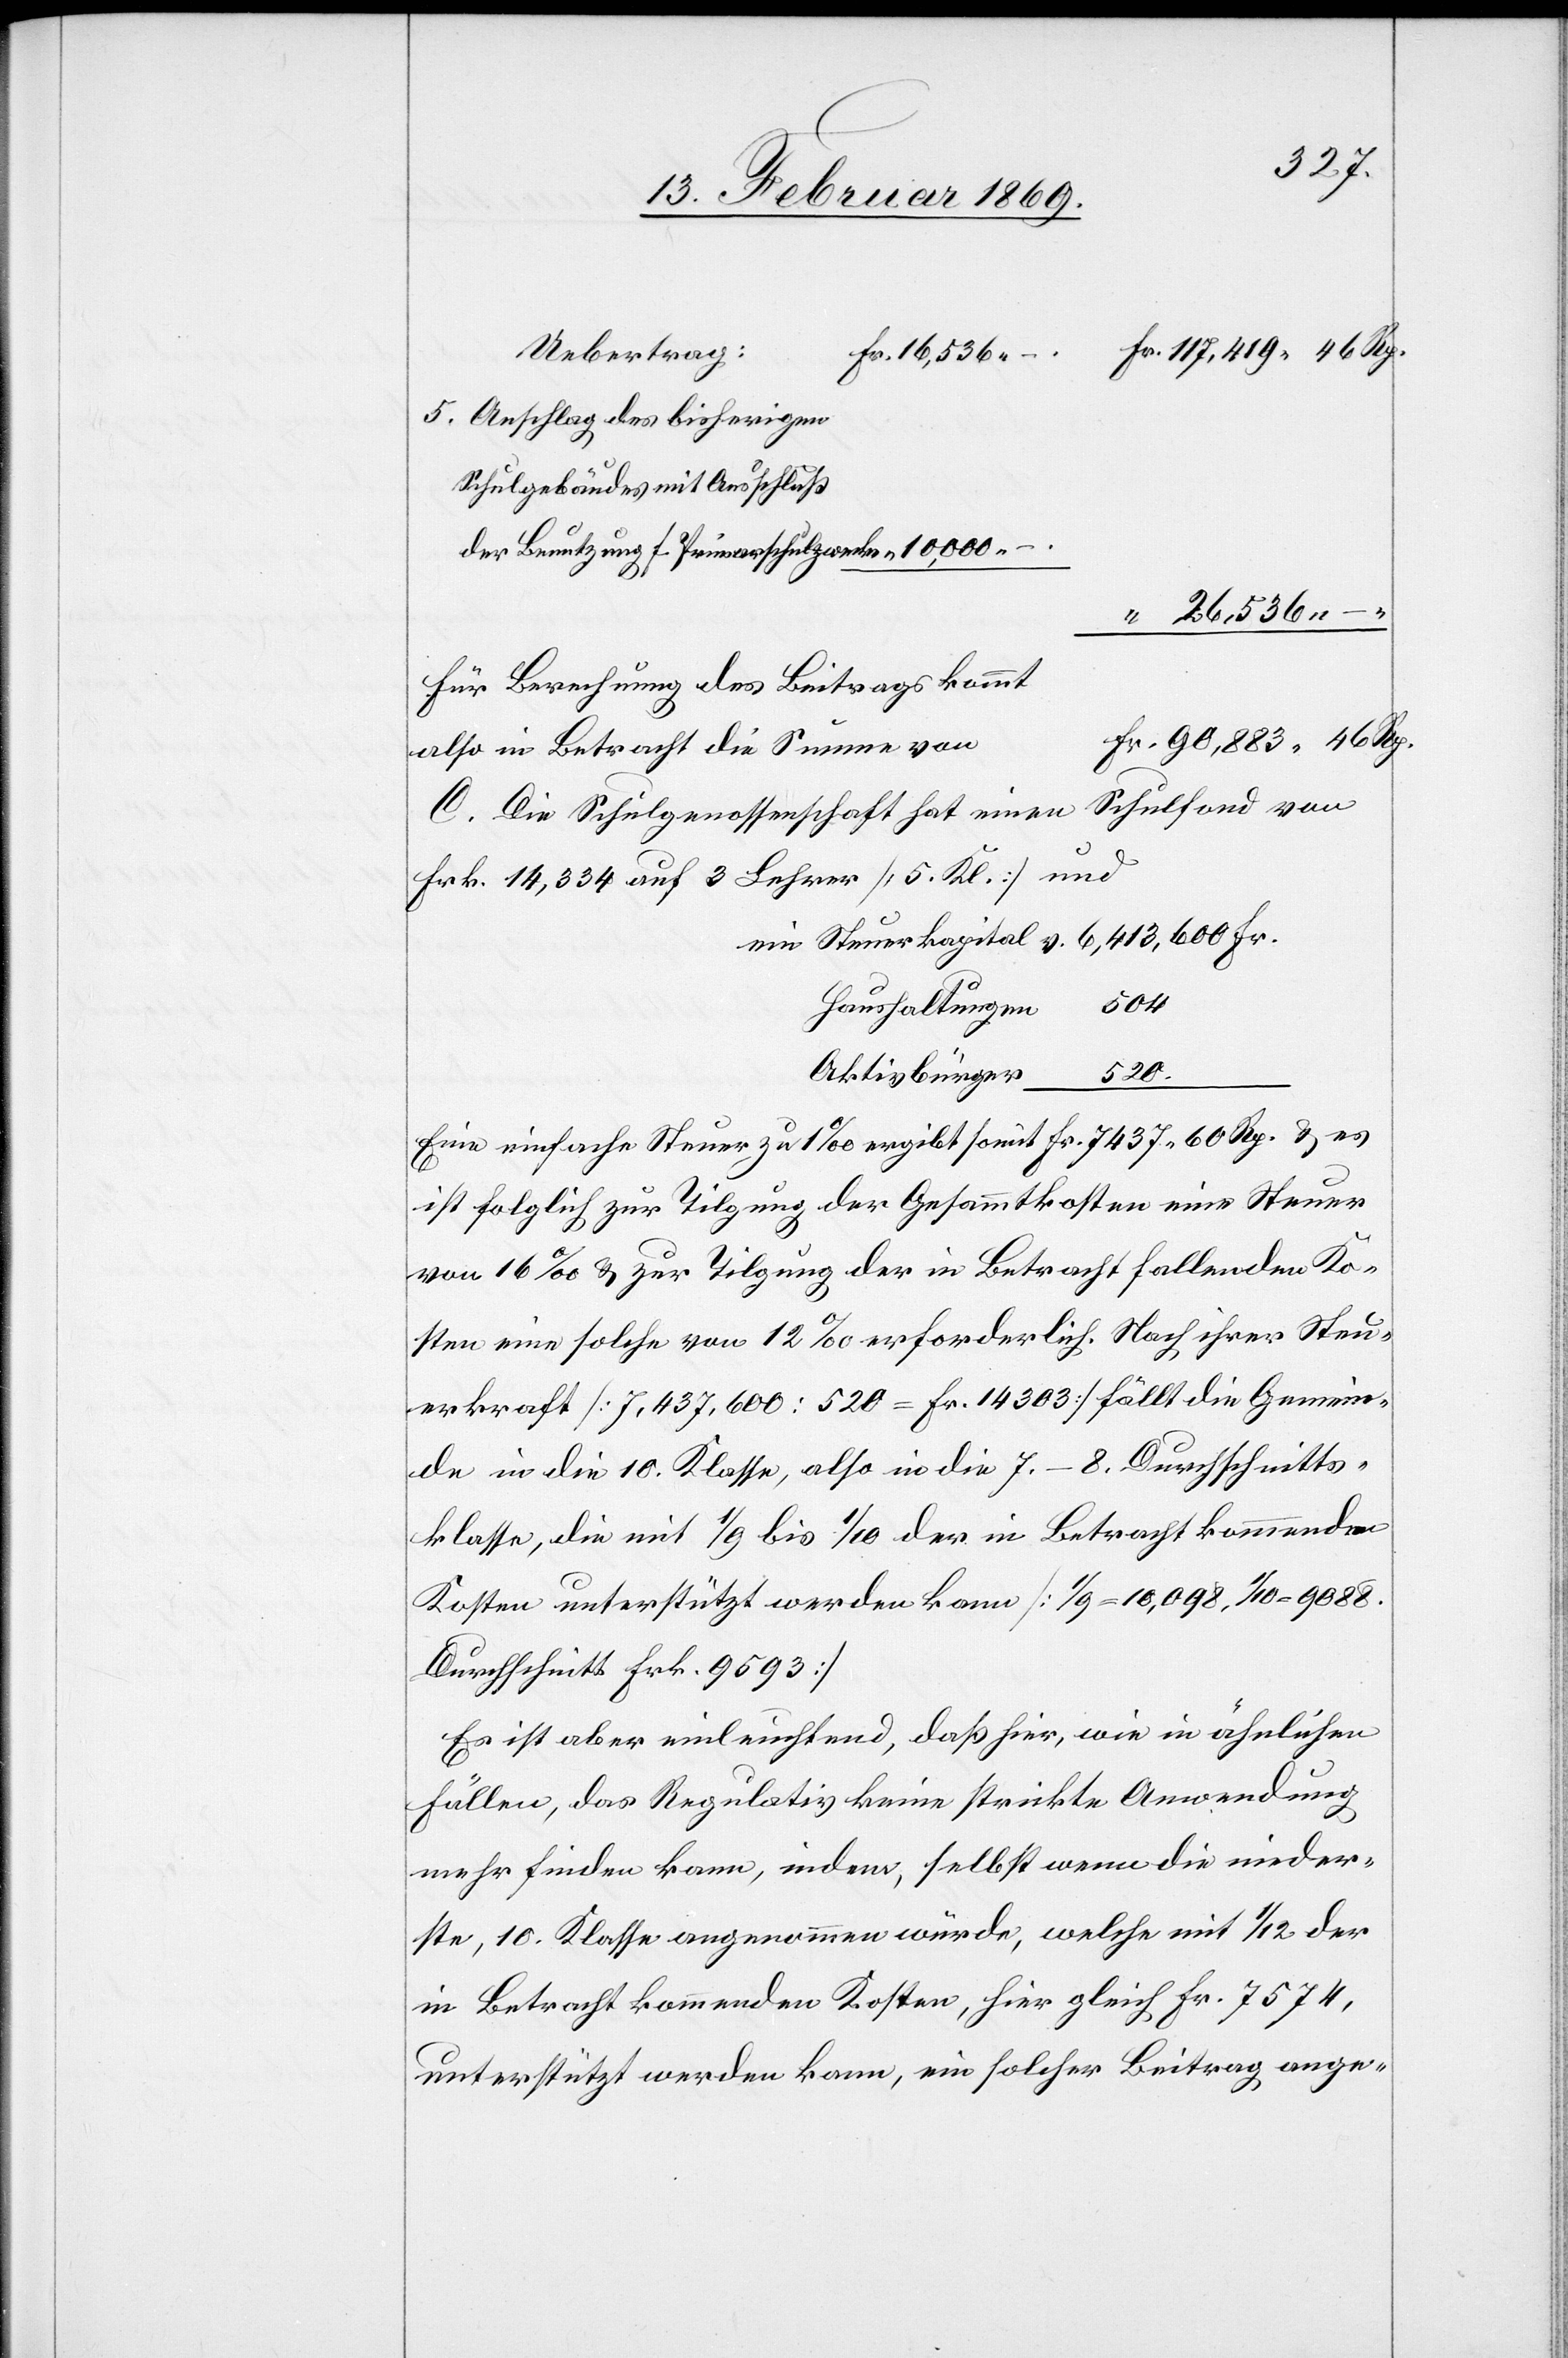
Uebertrag:
Fr. 16,536.
–	Fr. 117,419.46 Rp.
5. Anschlag des bisherigen
der Benutzung f. Primarschulzwecke		 “ 10,000.
“ 26,536. –
Für Berechnung des Beitrages kommt
n	Fr. 90,883.46 Rp.
also in Betracht die Summe vo¬
C. Die Schulgenossenschaft hat einen Schulfond von
Frk. 14,334 auf 3 Lehrer [5 Kl.] und
ein Steuerkapital v. 6,413,600 Fr.
Haushaltungen 504
Aktivbürger
520
Eine einfache Steuer zu 1‰ ergibt somit Fr. 7437.60 Rp. u. es
ist folglich zur Tilgung der Gesammtkosten eine Steuer
von 16‰ zur Tilgung der in Betracht fallenden Ko¬
sten eine solche von 12‰ erforderlich. Nach ihrer Steu¬
erkraft [7,437,600:520=Fr. 14303] fällt die Gemein¬
de in die 10. Klasse, also in die 7–8. Durchschnitts¬
klasse, die mit 1/9 bis 1/10 der in betracht kommenden
Kosten unterstützt werde kann [1/9 = 10,098, 1/10 = 9088.
Durchschnitt Frk. 9593]
Es ist aber einleuchtend, daß hier, wie in ähnlichen
Fällen, das Regulativ keine strikte Anwendung
mehr finden kann, indem, selbst wenn die nieder¬
ste, 10. Klasse angenommen würde, welche mit 1/12 der
in Betracht kommenden Kosten, hier gleich Fr. 7574,
unterstützt werden kann, ein solcher Beitrag ange-